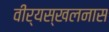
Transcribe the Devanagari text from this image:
वीर्यस्खलनास